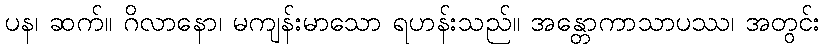
ပန၊ ဆက်။ ဂိလာနော၊ မကျန်းမာသော ရဟန်းသည်။ အန္တောကာသာပဿ၊ အတွင်း